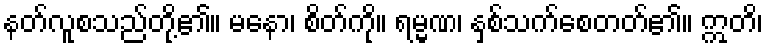
နတ်လူစသည်တို့၏။ မနော၊ စိတ်ကို။ ရမ္မဏ၊ နှစ်သက်စေတတ်၏။ ဣတိ၊